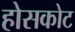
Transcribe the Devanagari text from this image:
होसकोट